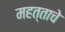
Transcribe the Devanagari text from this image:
महत्ताचे